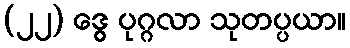
(၂၂) ဒွေ ပုဂ္ဂလာ သုတပ္ပယာ။